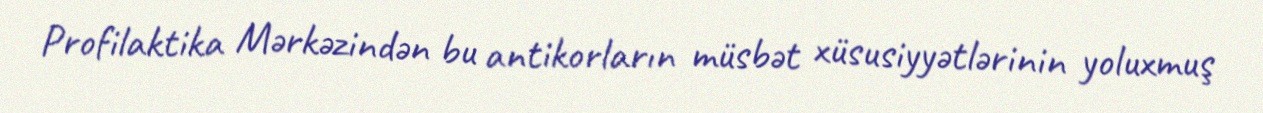
Profilaktika Mərkəzindən bu antikorların müsbət xüsusiyyətlərinin yoluxmuş